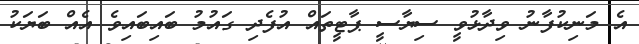
އެ މަނިކުފާނު ވިދާޅުވީ ސިޔާސީ ޕާޓީތައް އުފެދި ގައުމު ބައިބައިވެ އެއް ބަޔަކު